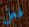
فعل